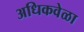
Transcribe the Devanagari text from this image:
अधिकवेळा